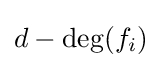
d-\deg(f_{i})